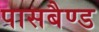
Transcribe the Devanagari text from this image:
पासबैण्ड